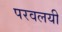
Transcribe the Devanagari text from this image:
परवलयी